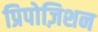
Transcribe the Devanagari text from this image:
प्रिपोज़िशन